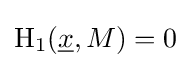
\operatorname {H} _{1}({\underline {x}},M)=0